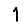
Digit: 1